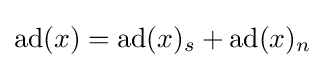
\operatorname {ad} (x)=\operatorname {ad} (x)_{s}+\operatorname {ad} (x)_{n}